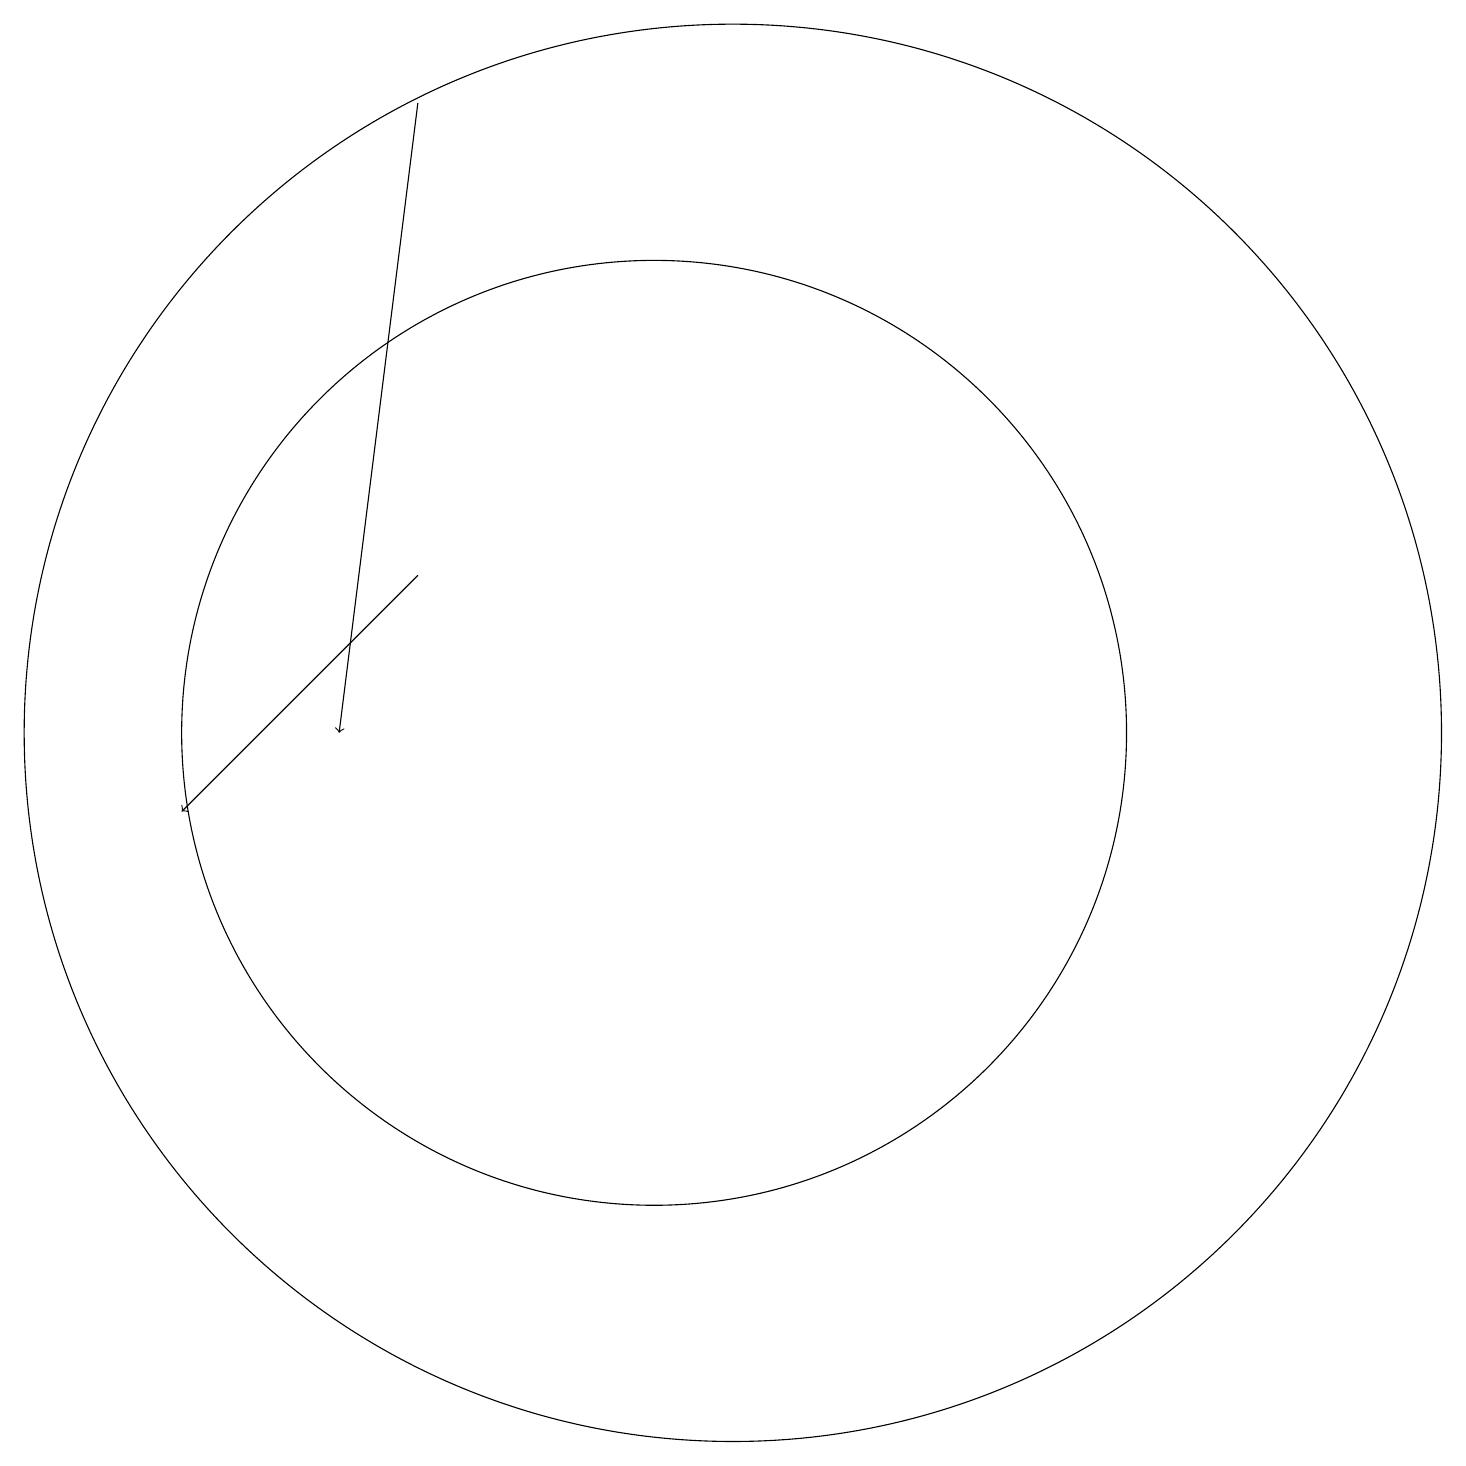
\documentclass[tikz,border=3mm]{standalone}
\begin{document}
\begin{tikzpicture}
\draw[->] (7,19) -- (6,11);
\draw (10,11) circle (6);
\draw (11,11) circle (0);
\draw[->] (7,13) -- (4,10);
\draw (11,11) circle (9);
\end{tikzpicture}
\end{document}